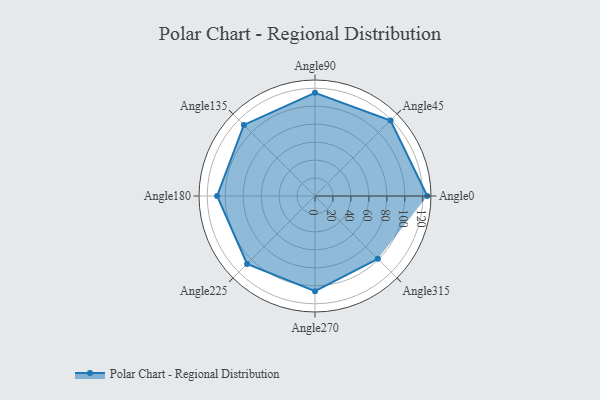
{"axis": {"x": "Angle", "y": "Radius"}, "legend": [""], "data": [{"x": "Angle0", "y": 125.0, "type": ""}, {"x": "Angle45", "y": 119.0, "type": ""}, {"x": "Angle90", "y": 115.0, "type": ""}, {"x": "Angle135", "y": 112.0, "type": ""}, {"x": "Angle180", "y": 109.0, "type": ""}, {"x": "Angle225", "y": 107.0, "type": ""}, {"x": "Angle270", "y": 106.0, "type": ""}, {"x": "Angle315", "y": 99.0, "type": ""}]}